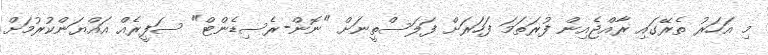
މި އަހަރު ތެރޭގައި ރާއްޖެއިން ފުރަތަމަ ފަހަރަށް ފަލަސްތީނަށް "ނޮން-ރެސިޑެންޓް" ސަފީރެއް އައްޔަންކުރުމަށް